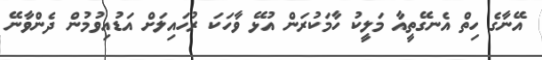
އޭނާގެ ހިތް އެނގޭތީއާ މަލީކު ހާމަކުރަން އުޅޭ ވާހަކަ ރުހައިލަށް އަޑުއިވުމުން ދެންވާނޭ